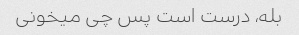
بله، درست است پس چی میخونی